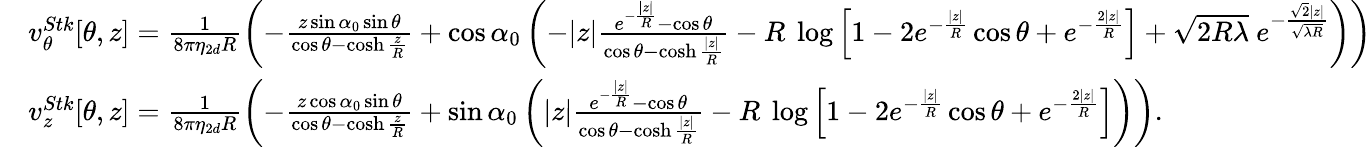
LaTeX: \begin{array}{rl}&{v_{\theta}^{Stk}[\theta,z]=\frac{1}{8\pi\eta_{2d}R}\left(-\frac{z\sin\alpha_{0}\sin\theta}{\cos\theta-\cosh\frac{z}{R}}+\cos\alpha_{0}\left(-|z|\frac{e^{-\frac{|z|}{R}}-\cos\theta}{\cos\theta-\cosh\frac{|z|}{R}}-R~\log\left[1-2e^{-\frac{|z|}{R}}\cos\theta+e^{-\frac{2|z|}{R}}\right]+\sqrt{2R\lambda}~e^{-\frac{\sqrt{2}|z|}{\sqrt{\lambda R}}}\right)\right)}\\ &{v_{z}^{Stk}[\theta,z]=\frac{1}{8\pi\eta_{2d}R}\left(-\frac{z\cos\alpha_{0}\sin\theta}{\cos\theta-\cosh\frac{z}{R}}+\sin\alpha_{0}\left(|z|\frac{e^{-\frac{|z|}{R}}-\cos\theta}{\cos\theta-\cosh\frac{|z|}{R}}-R~\log\left[1-2e^{-\frac{|z|}{R}}\cos\theta+e^{-\frac{2|z|}{R}}\right]\right)\right).}\end{array}